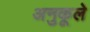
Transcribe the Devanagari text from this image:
अनुकूले